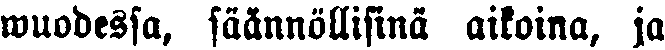
wuodessa, säännöllisinä aikoina, ja